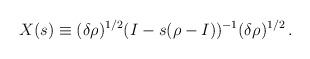
LaTeX: \begin{align*}X(s) \equiv (\delta\rho)^{1/2} (I-s(\rho-I))^{-1} (\delta\rho)^{1/2}\,.\end{align*}